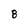
Character: 8